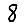
Digit: 8